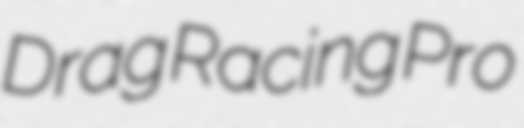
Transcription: Drag Racing Pro